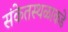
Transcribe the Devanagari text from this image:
संकेतस्थळाकडे